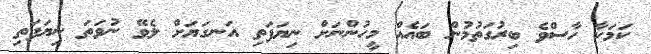
ކަމަކާ ހާސްވެ ބިރުގަތުމުން ބައެއް މީހުންނަށް ނިޔަފަތި އަނގަޔަށް ލެވޭ ނުވަތަ ނިޔަފަތި